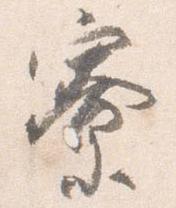
寮